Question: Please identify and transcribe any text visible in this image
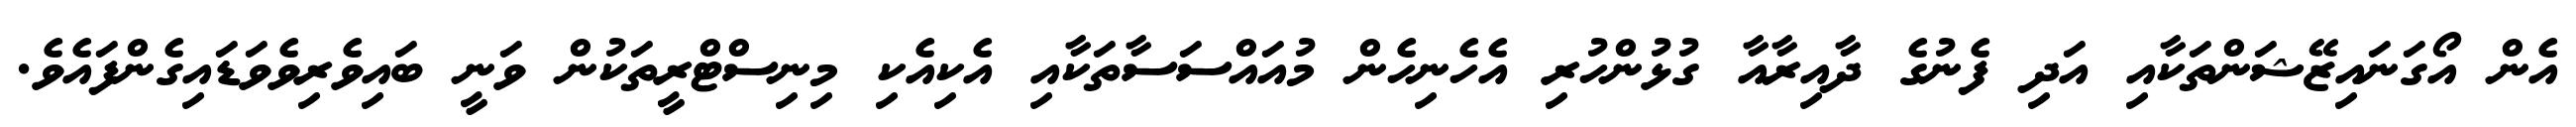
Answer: އެން އޯގަނައިޒޭޝަންތަކާއި އަދި ފެނުގެ ދާއިރާއާ ގުޅުންހުރި އެހެނިހެން މުއައްސަސާތަކާއި އެކިއެކި މިނިސްޓްރީތަކުން ވަނީ ބައިވެރިވެވަޑައިގެންފައެވެ.